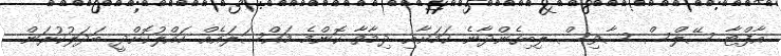
އާފްޓާ ސޭލްސް ސާވިސް ލިބިގެންދާނެ ކަމަށާއި ދިމާވާ ކޮންމެ މައްސަލައެއް ހައްލުކޮށްދީ ބަދަލުކުރަން